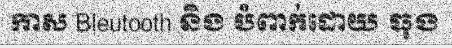
កាស Bleutooth និង បំពាក់ដោយ ធុង